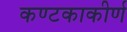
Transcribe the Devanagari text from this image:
कण्टकाकीर्ण